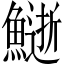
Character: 𩻔